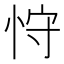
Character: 𰑚